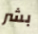
بشر